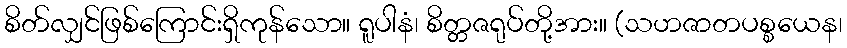
စိတ်လျှင်ဖြစ်ကြောင်းရှိကုန်သော။ ရူပါနံ၊ စိတ္တဇရုပ်တို့အား။ (သဟဇာတပစ္စယေန၊